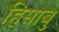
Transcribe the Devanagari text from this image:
हिसाबु